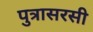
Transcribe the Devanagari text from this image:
पुत्रासरसी